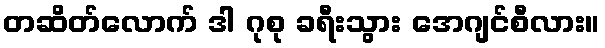
တဆိတ်လောက် ဒါ ဂုစု ခရီးသွား အေဂျင်စီလား။